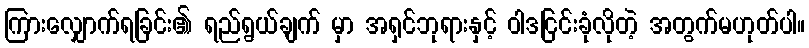
ကြားလျှောက်ရခြင်း၏ ရည်ရွယ်ချက် မှာ အရှင်ဘုရားနှင့် ဝါဒငြင်းခုံလိုတဲ့ အတွက်မဟုတ်ပါ။